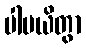
ပါပယိတွာ